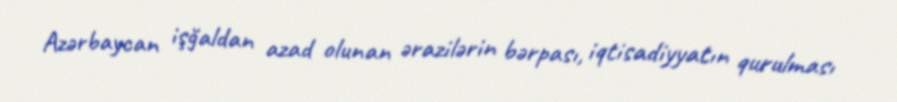
Azərbaycan işğaldan azad olunan ərazilərin bərpası, iqtisadiyyatın qurulması